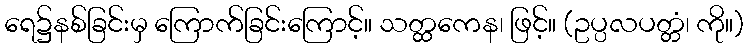
ရေ၌နစ်ခြင်းမှ ကြောက်ခြင်းကြောင့်။ သတ္ထကေန၊ ဖြင့်။ (ဥပ္ပလပတ္တံ၊ ကို။)